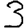
Digit: 3